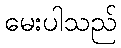
မေးပါသည်